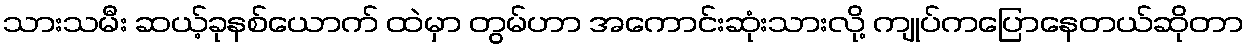
သားသမီး ဆယ့်ခုနစ်ယောက် ထဲမှာ တွမ်ဟာ အကောင်းဆုံးသားလို့ ကျုပ်ကပြောနေတယ်ဆိုတာ